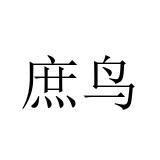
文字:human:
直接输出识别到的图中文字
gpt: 庶鸟